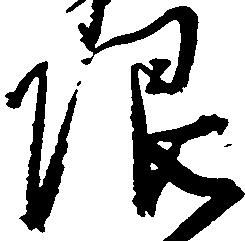
限